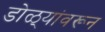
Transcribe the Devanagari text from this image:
डोळ्यांवरून